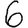
Digit: 6